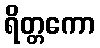
ရိတ္တကော